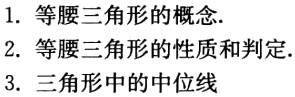
1. 等腰三角形的概念.
2. 等腰三角形的性质和判定.
3. 三角形中的中位线